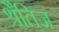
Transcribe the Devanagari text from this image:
श्रैतिज